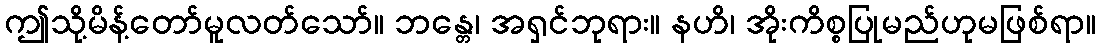
ဤသို့မိန့်တော်မူလတ်သော်။ ဘန္တေ၊ အရှင်ဘုရား။ နဟိ၊ အိုးကိစ္စပြုမည်ဟုမဖြစ်ရာ။